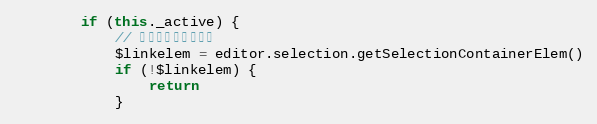
Language: JavaScript
        if (this._active) {
            // 当前选区在链接里面
            $linkelem = editor.selection.getSelectionContainerElem()
            if (!$linkelem) {
                return
            }